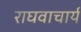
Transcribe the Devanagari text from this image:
राघवाचार्य